Vaccination North-Western Provinces 1866-1877 - 1866-1877
Year: 1866
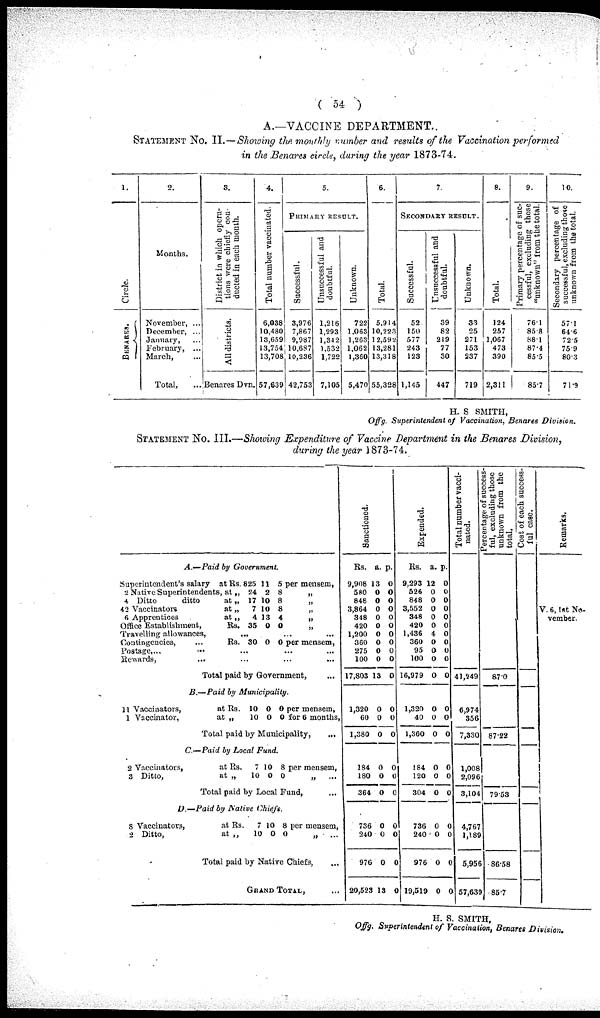
( 54 )
A.—VACCINE DEPARTMENT.
STATEMENT No. II.—Showing the monthly number and results of the Vaccination performed
in the Benares circle, during the year 1873-74.
1.
BENARES.
2.
Months.
November, ...
December, ...
January, ...
February, ...
March, ...
Total, ...
3.
District in which opera-
tions were chiefly con-
ducted in each month.
All districts.
Benares Dvn.
4.
Total number vaccinated.
6,038
10,480
13,659
13,754
13,708
57,639
5.
PRIMARY RESULT.
Successful.
3,976
7,867
9,987
10,687
10,236
42,753
Unsuccessful and
doubtful.
1,216
1,293
1,342
1,532
1,722
7,105
Unknown.
722
1,063
1,263
1,062
1,360
5,470
6.
Total.
5,914
10,223
1 2,592
13,281
13,318
55.328
7.
SECONDARY RESULT.
Successful.
52
150
677
243
123
1,145
Unsuccessful and
doubtful.
39
82
219
77
30
447
Unknown.
33
25
271
153
237
719
8.
Total.
124
257
1,067
473
390
2,311
9.
Primary percentage of suc-
cessful, excluding those
"unknown" from the total.
76.1
85.8
88.1
87.4
85.5
85.7
10.
Secondary percentage of
successful, excluding those
unknown from the total.
57.1
64.6
72.5
75.9
80.3
71.9
H. S SMITH,
Offg. Superintendent of Vaccination, Benares Division.
STATEMENT No. III.—Showing Expenditure of Vaccine Department in the Benares Division,
during the year 1873-74.
A.—Paid
by Government.
Superintendent's salary
at
2 Native Superintendents, at
4 Ditto
ditto
at
42 Vaccinators
at
6 Apprentices
at
Office Establishment,
Rs.
„
„
„
„
Rs.
825
24
17
7
4
35
11
2
10
10
13
0
5
8
8
8
4
0
per mensem,
„
„
„
„
„
Travelling allowances, ... ... ...
Contingencies,
...
I Rs. 30 0 0 per mensem,
Postage,
...
...
...
...
...
Rewards,
...
...
...
...
Total paid by Government, ...
B.—Paid by
Municipality.
11 Vaccinators,
at
1 Vaccinator,
at
Rs.
„
10
10
0
0
0
0
per mensem,
for 6 months,
Total paid by Municipality,
...
C.— Paid by Local Fund.
2 Vaccinators,
at
3 Ditto,
at
Rs.
„
7
10
10
0
8
0
per mensem,
„ ...
Total paid by Local Fund,
D.—Paid by Native Chiefs. ....
8 Vaccinators,
at
2 Ditto,
at
Rs.
„
7
10
10
0
8
0
per mensem,
„ ...
Total paid by Native Chiefs, ...
GRAND TOTAL, ...
Sanctioned.
Rs.
9,908
580
848
3,864
348
420
1,200
360
275
100
17,803
1,320
60
1,380
184
180
364
736
240
976
20,523
a.
13
0
0
0
0
0
0
0
0
0
13
0
0
0
0
0
0
0
0
0
13
p.
0
0
0
0
0
0
0
0
0
0
0
0
0
0
0
0
0
0
0
0
0
Expended.
Rs.
9,293
526
848
3,552
348
420
1,436
360
95
100
16,979
1,320
40
1,360
184
120
304
736
240
976
19,519
a.
12
0
0
0
0
0
4
0
0
0
0
0
0
0
0
0
0
0
0
0
0
p.
0
0
0
0
0
0
0
0
0
0
0
0
0
0
0
0
0
0
0
0
0
Total number vacci-
nated.
41,249
6,974
356
7,330
1,008
2,096
3,104
4,767
1,189
5,956
57,639
Percentage of success-
ful, excluding those
unknown from the
total.
87.0
87.22
79.53
86.58
85.7
Cost of each succensful case.
Remarks.
V. 6, 1st No-
vember.
H. S. SMITH,
Offg. Superintendent of Vaccination, Benares Division.